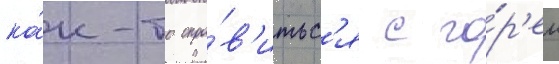
ка́к-то спра́в'итьс'я с го́р'ем